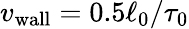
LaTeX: {v_{\mathrm{wall}}}=0.5\ell_{0}/\tau_{0}